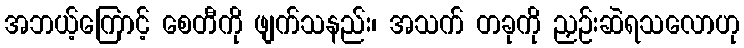
အဘယ့်ကြောင့် စေတီကို ဖျက်သနည်း၊ အသက် တခုကို ညှဉ်းဆဲရသလောဟု